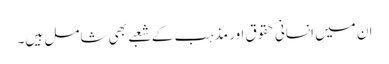
ان میں انسانی حقوق اور مذہب کے شعبے بھی شامل ہیں۔